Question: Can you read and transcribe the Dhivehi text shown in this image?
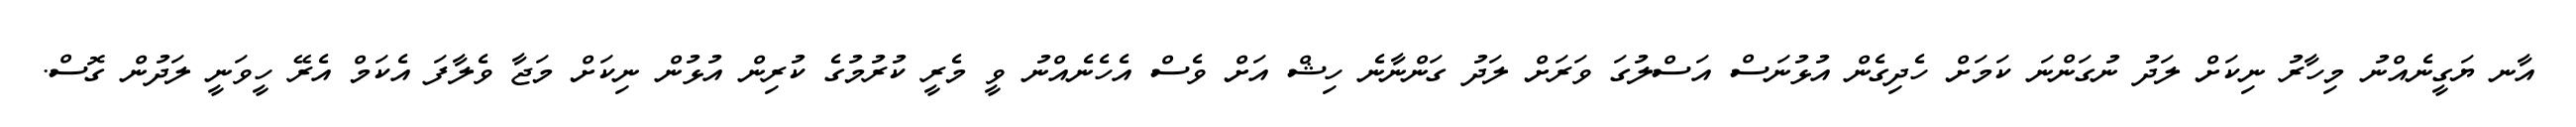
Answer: އާނ ޔަގީނެއްނު މިހާރު ނިކަށް ލަދު ނުގަންނަ ކަމަށް ހެދިގެން އުޅުނަސް އަސްލުގަ ވަރަށް ލަދު ގަންނާނެ ހިޝް އަށް ވެސް އެހެނެއްނު ވީ މެރީ ކުރުމުގެ ކުރިން އުޅުން ނިކަށް މަޖާ ވެލާފަ އެކަމް އެރޭ ހީވަނީ ލަދުން ގޮސް.